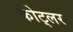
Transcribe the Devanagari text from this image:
कोट्लर